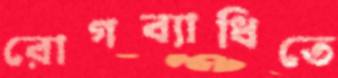
রোগব্যাধিতে